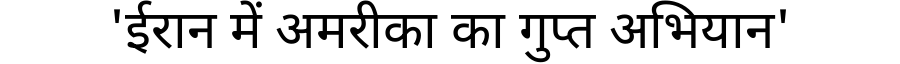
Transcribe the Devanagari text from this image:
'ईरान में अमरीका का गुप्त अभियान'